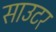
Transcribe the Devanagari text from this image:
साउटर